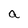
Character: a